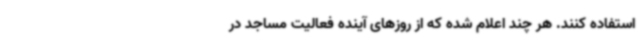
استفاده کنند. هر چند اعلام شده که از روزهای آینده فعالیت مساجد در